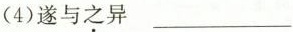
(4)遂与之异___